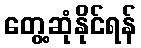
တွေ့ဆုံနိုင်ရန်